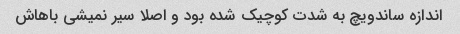
اندازه ساندویچ به شدت کوچیک شده بود و اصلا سیر نمیشی باهاش